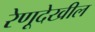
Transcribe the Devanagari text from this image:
रेणूदेखील